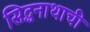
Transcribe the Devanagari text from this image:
सिद्धनाथाची